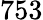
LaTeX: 753